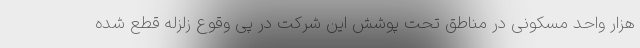
هزار واحد مسکونی در مناطق تحت پوشش این شرکت در پی وقوع زلزله قطع شده